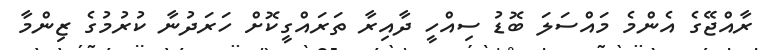
ރާއްޖޭގެ އެންމެ މައްސަލަ ބޮޑު ސިއްހީ ދާއިރާ ތަރައްގީކޮށް ހަރަދުނާ ކުރުމުގެ ޒިންމާ